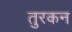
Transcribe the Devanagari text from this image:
तुरकन